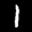
Label: 1